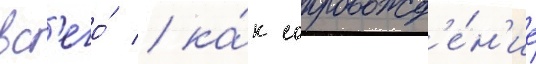
вс'его́ / ка́к сопровожд'е́н'ие